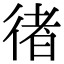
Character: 𢔪